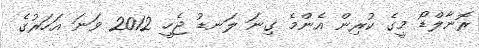
ރޮނާލްޑޯ މީގެ ކުރިން އެންމެ ގިނަ ލަނޑު ޖެހީ 2012 ވަަނަ އަހަރުގެ